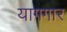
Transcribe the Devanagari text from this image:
यागगार